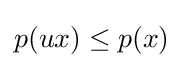
p(ux)\leq p(x)